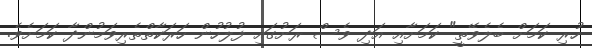
ހުރި ކަމަށް ބެލެވޭތީ" ކަމަށާއި އަދި ވެސް ރަށުގައި ފުލުހުން ހަރަކާތްތެރިވަމުންދާ ކަމަށެވެ.